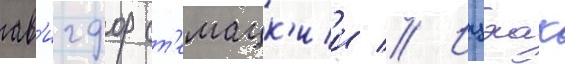
ав'игдор ст'емацк'ии // Ицхак